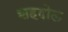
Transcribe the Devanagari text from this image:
शहदोल